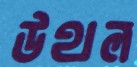
উথল